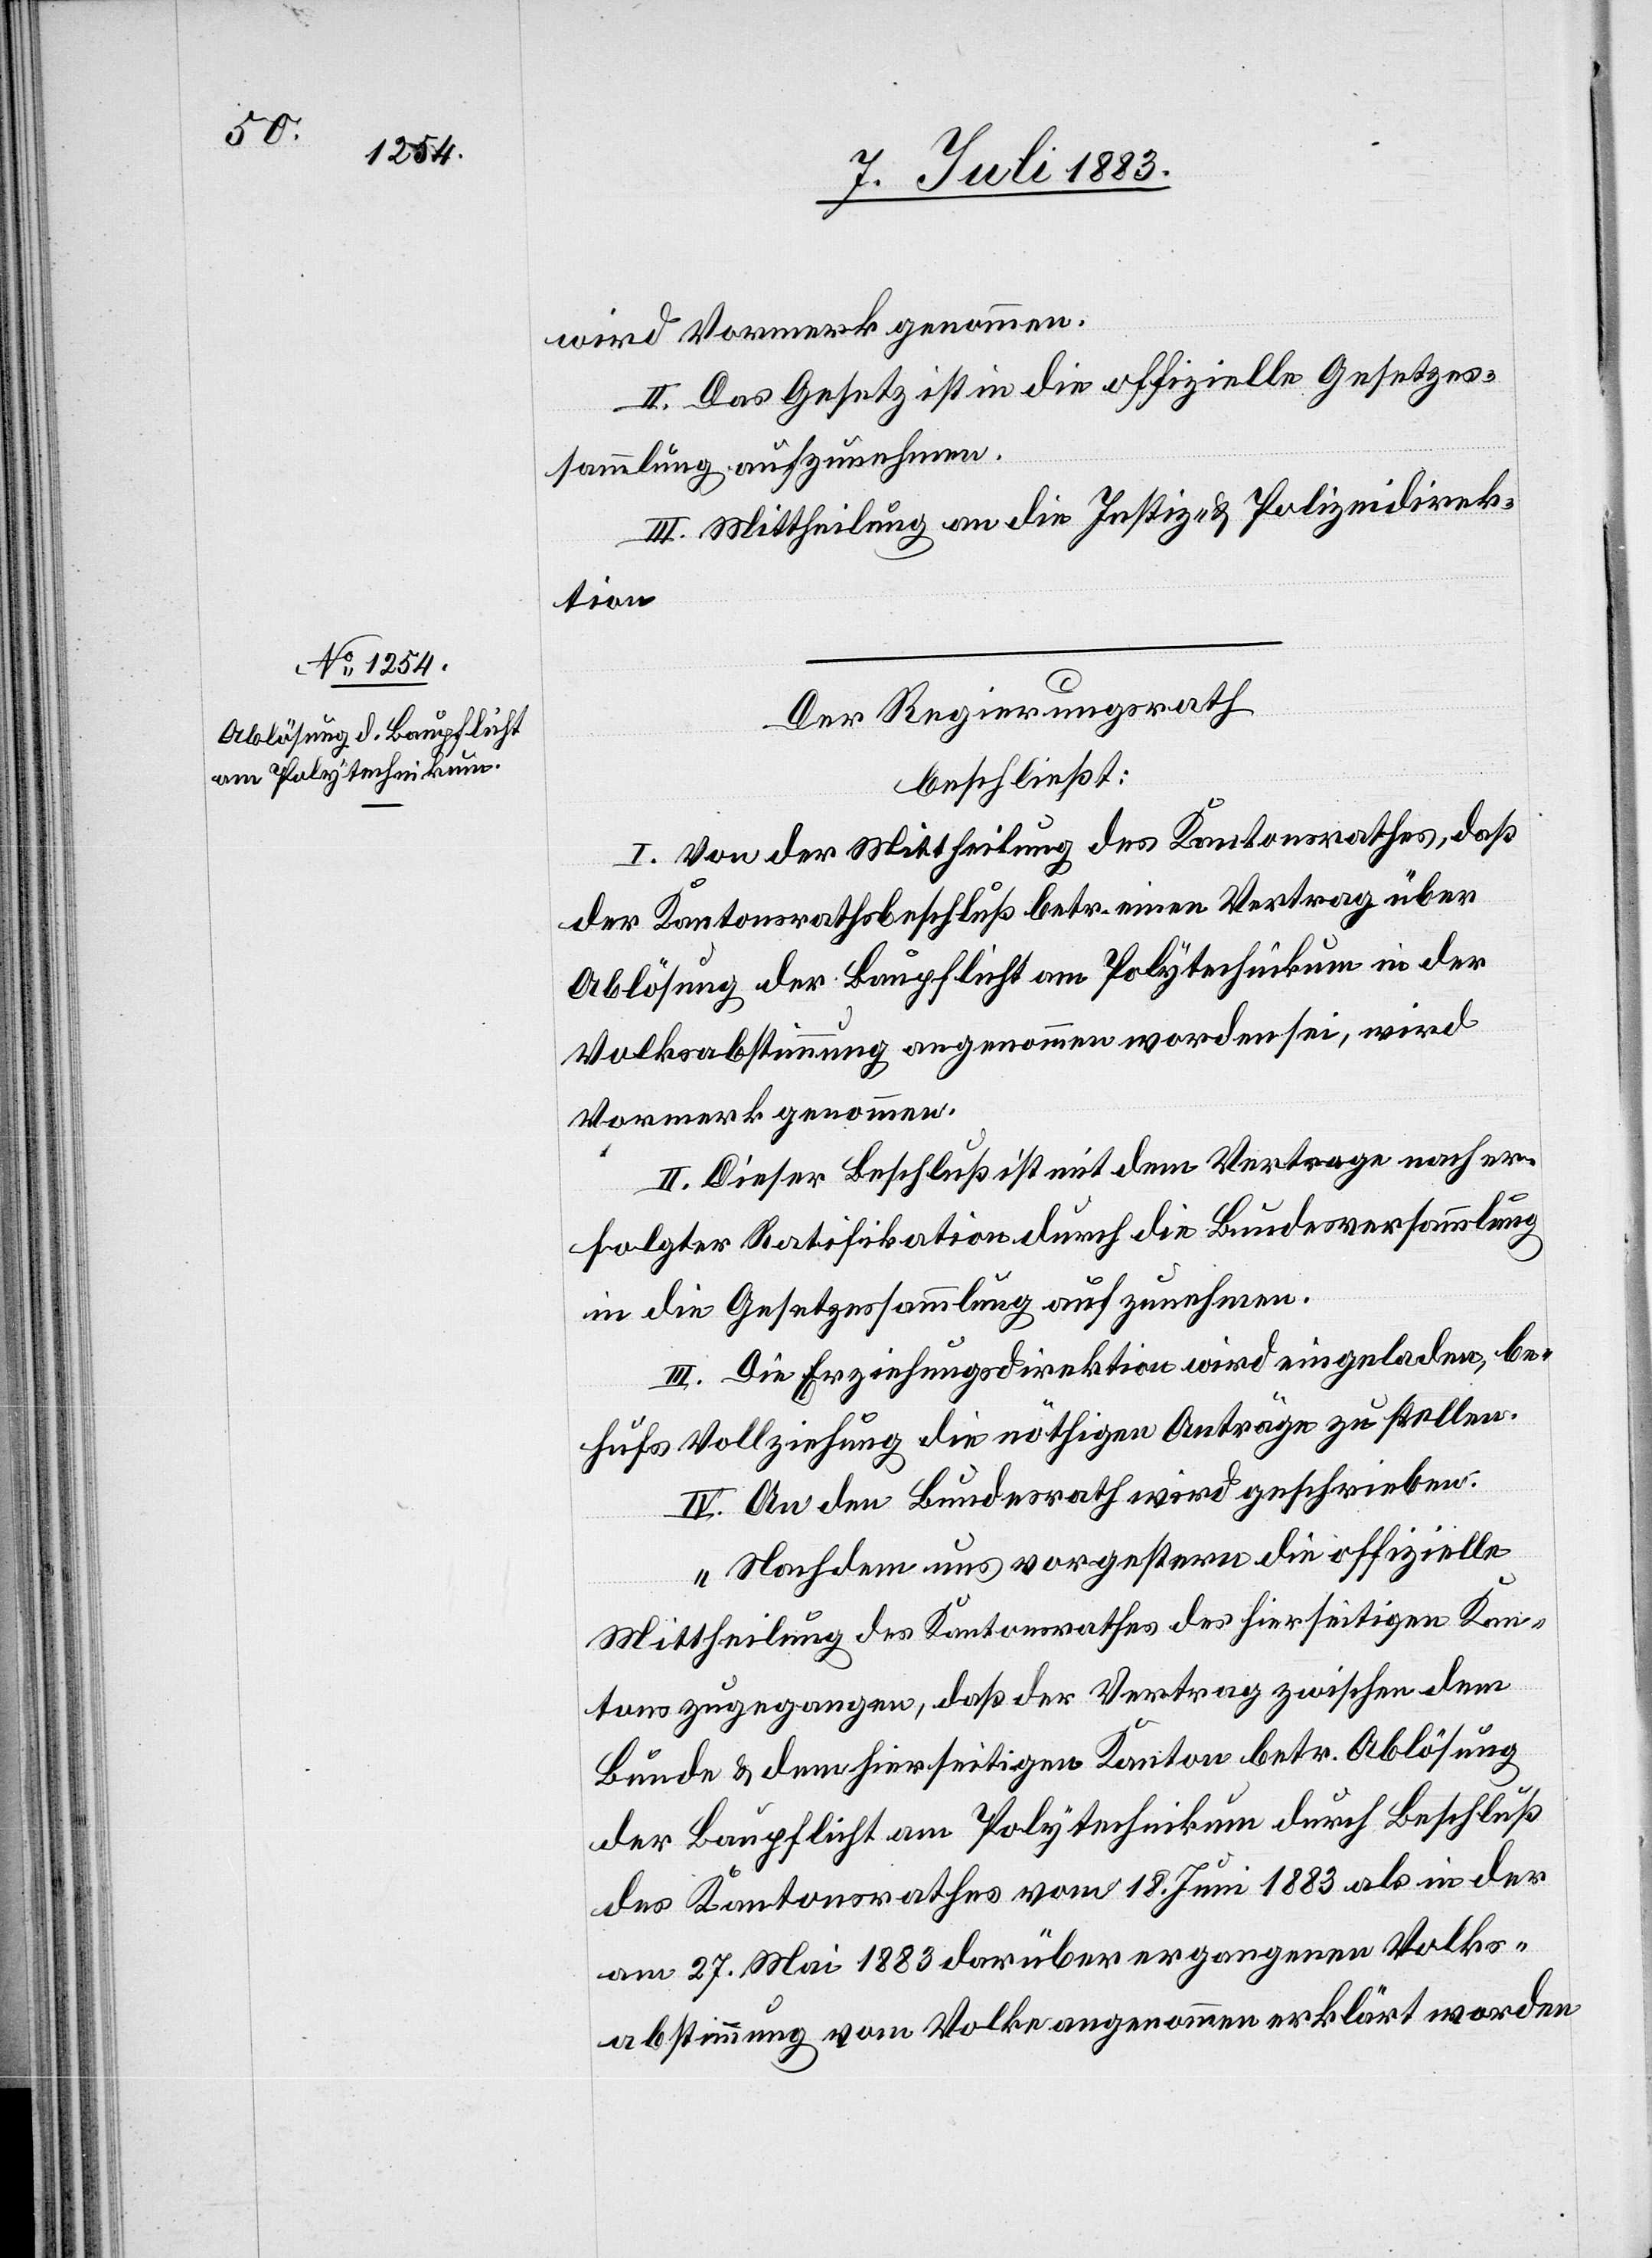
wird Vormerk genommen.
II. Das Gesetz ist in die offizielle Gesetzes¬
sammlung aufzunehmen.
III. Mittheilung an die Justiz- & Polizeidirek¬
tion.
Der Regierungsrath
beschließt:
I. Von der Mittheilung des Kantonsrathes, daß
der Kantonsrathsbeschluß betr. einen Vertrag über
Ablösung der Baupflicht am Polytechnikum in der
Volksabstimmung angenommen worden sei, wird
Vormerk genommen.
II. Dieser Beschluß ist mit dem Vertrage nach er¬
folgter Ratifikation durch die Bundesversammlung
in die Gesetzessammlung aufzunehmen.
III. Die Erziehungsdirektion wird eingeladen, be¬
hufs Vollziehung die nöthigen Anträge zu stellen.
IV. An den Bundesrath wird geschrieben:
„Nachdem uns vorgestern die offizielle
Mittheilung des Kantonsrathes des hierseitigen Kan¬
tons zugegangen, daß der Vertrag zwischen dem
Bunde & dem hierseitigen Kanton betr. Ablösung
der Baupflicht am Polytechnikum durch Beschluß
des Kantonsrathes vom 18. Juni 1883 als in der
am 27. Mai 1883 darüber ergangenen Volks¬
abstimmung vom Volke angenommen erklärt worden